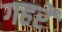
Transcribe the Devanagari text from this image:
गहरें